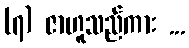
(၇) ဇာဟူသည်ကား ...